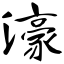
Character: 濠